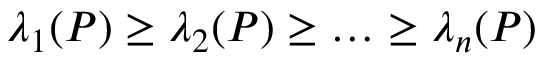
\lambda _ { 1 } ( P ) \ge \lambda _ { 2 } ( P ) \ge \ldots \ge \lambda _ { n } ( P )